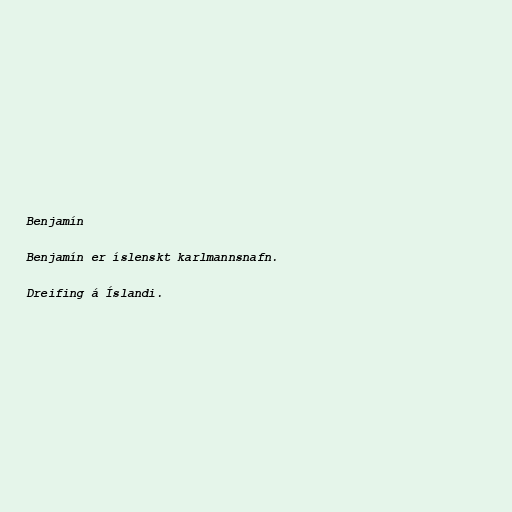
Benjamín

Benjamín er íslenskt karlmannsnafn.

Dreifing á Íslandi.